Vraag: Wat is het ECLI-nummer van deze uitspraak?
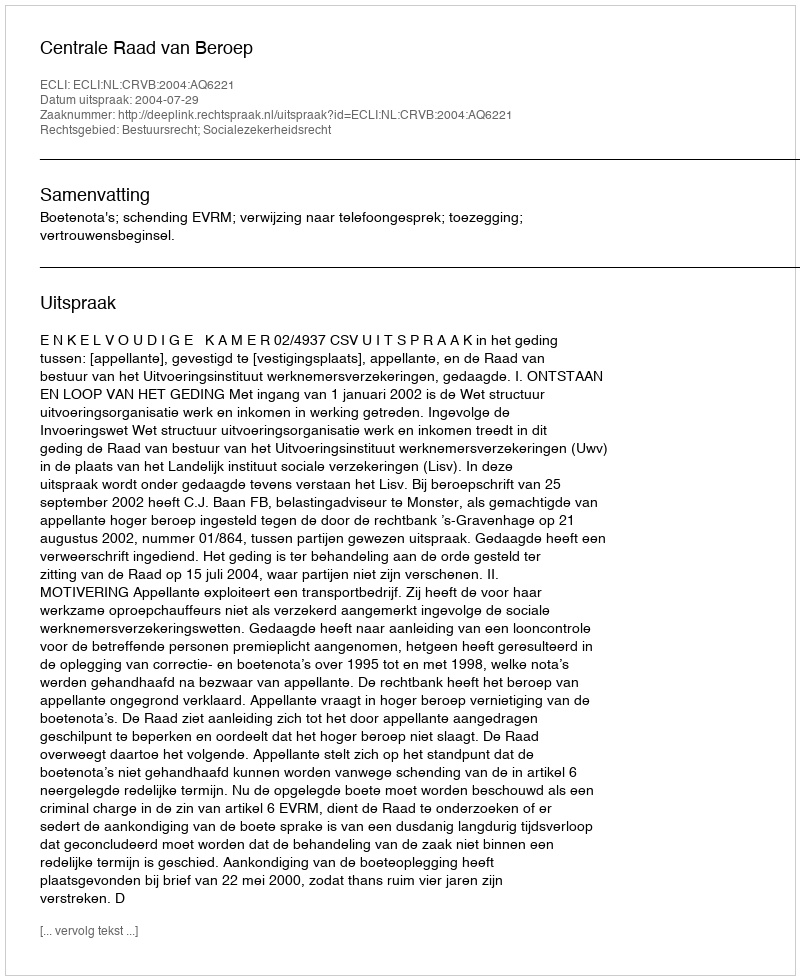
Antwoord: ECLI:NL:CRVB:2004:AQ6221